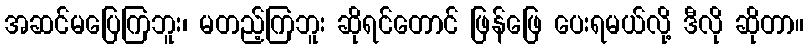
အဆင်မပြေကြဘူး၊ မတည့်ကြဘူး ဆိုရင်တောင် ဖြန်ဖြေ ပေးရမယ်လို့ ဒီလို ဆိုတာ။